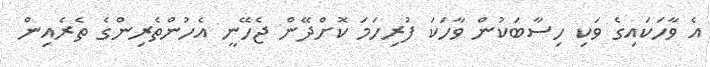
އެ ވާހަކައިގެ ވަކި ހިސާބަކުން ވާހަކަ ފުރިހަމަ ކޮށްދޭން ޖެހޭނީ އެހުންތެރިންގެ ތެރެއިން